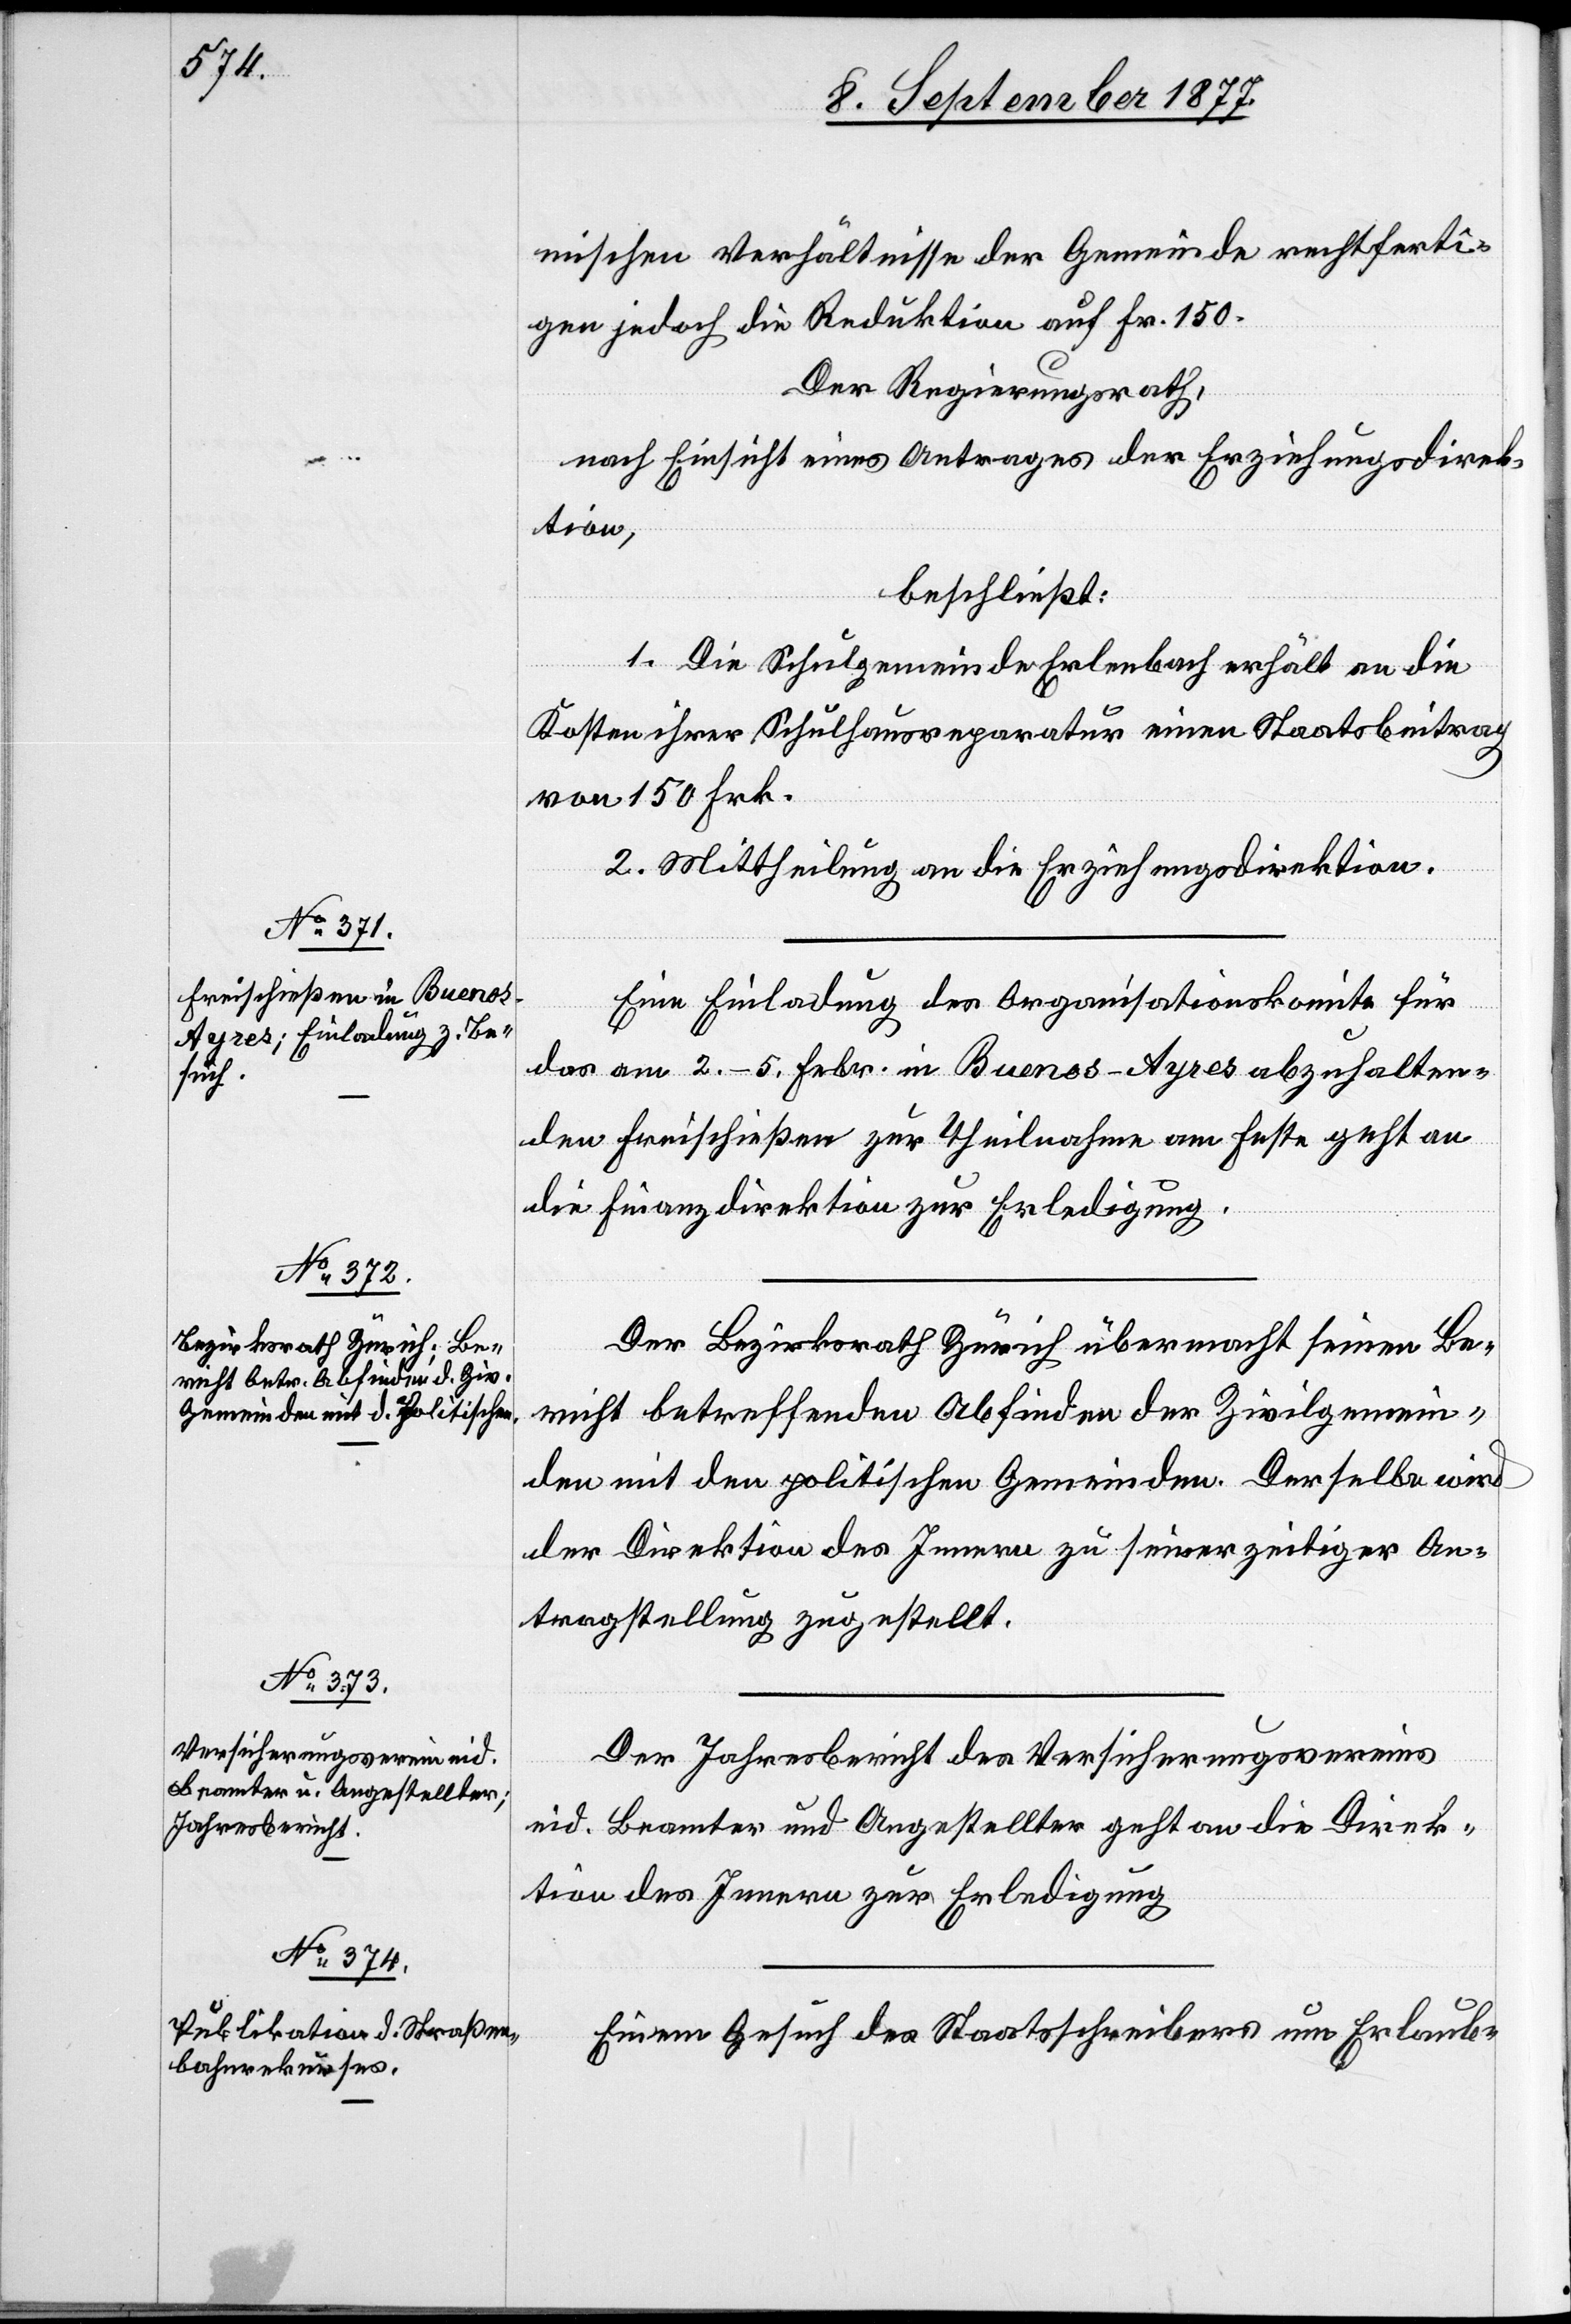
Eine Einladung des Organisationskomite für
das am 2.–5. Febr. in Buenos-Ayres abzuhalten¬
den Freischießen zur Theilnahme am Feste geht an
die Finanzdirektion zur Erledigung.
Der Bezirksrath Zürich übermacht seinen Be¬
richt betreffenden [sic!] Abfinden der Zivilgemein¬
den mit den politischen Gemeinden. Derselbe wird
der Direktion des Innern zu seinerzeitiger An¬
tragstellung zugestellt.
Der Jahresbericht des Versicherungsvereins
eid. Beamter und Angestellter geht an die Direk¬
tion des Innern zur Erledigung[.]
Einem Gesuch des Staatsschreibers um Erlaub-